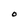
Character: O